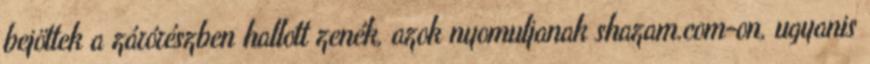
bejöttek a zárórészben hallott zenék, azok nyomuljanak shazam.com-on, ugyanis